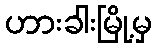
ဟားခါးမြို့မှ